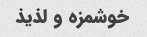
خوشمزه و لذیذ